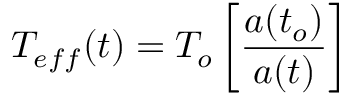
T _ { e f f } ( t ) = T _ { o } \left[ \frac { a ( t _ { o } ) } { a ( t ) } \right]